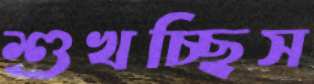
শুখচ্ছিস